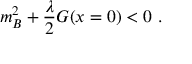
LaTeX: m _ { B } ^ { 2 } + \frac { \lambda } { 2 } G ( x = 0 ) < 0 \ .